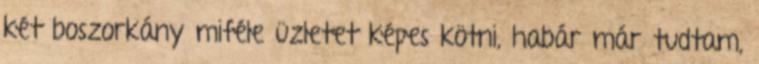
két boszorkány miféle üzletet képes kötni, habár már tudtam,